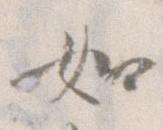
如